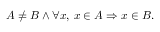
A \neq B \land \forall x , \, x \in A \Rightarrow x \in B .